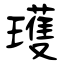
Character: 瓁